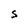
Character: S